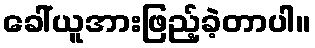
ခေါ်ယူအားဖြည့်ခဲ့တာပါ။